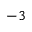
^ { - 3 }